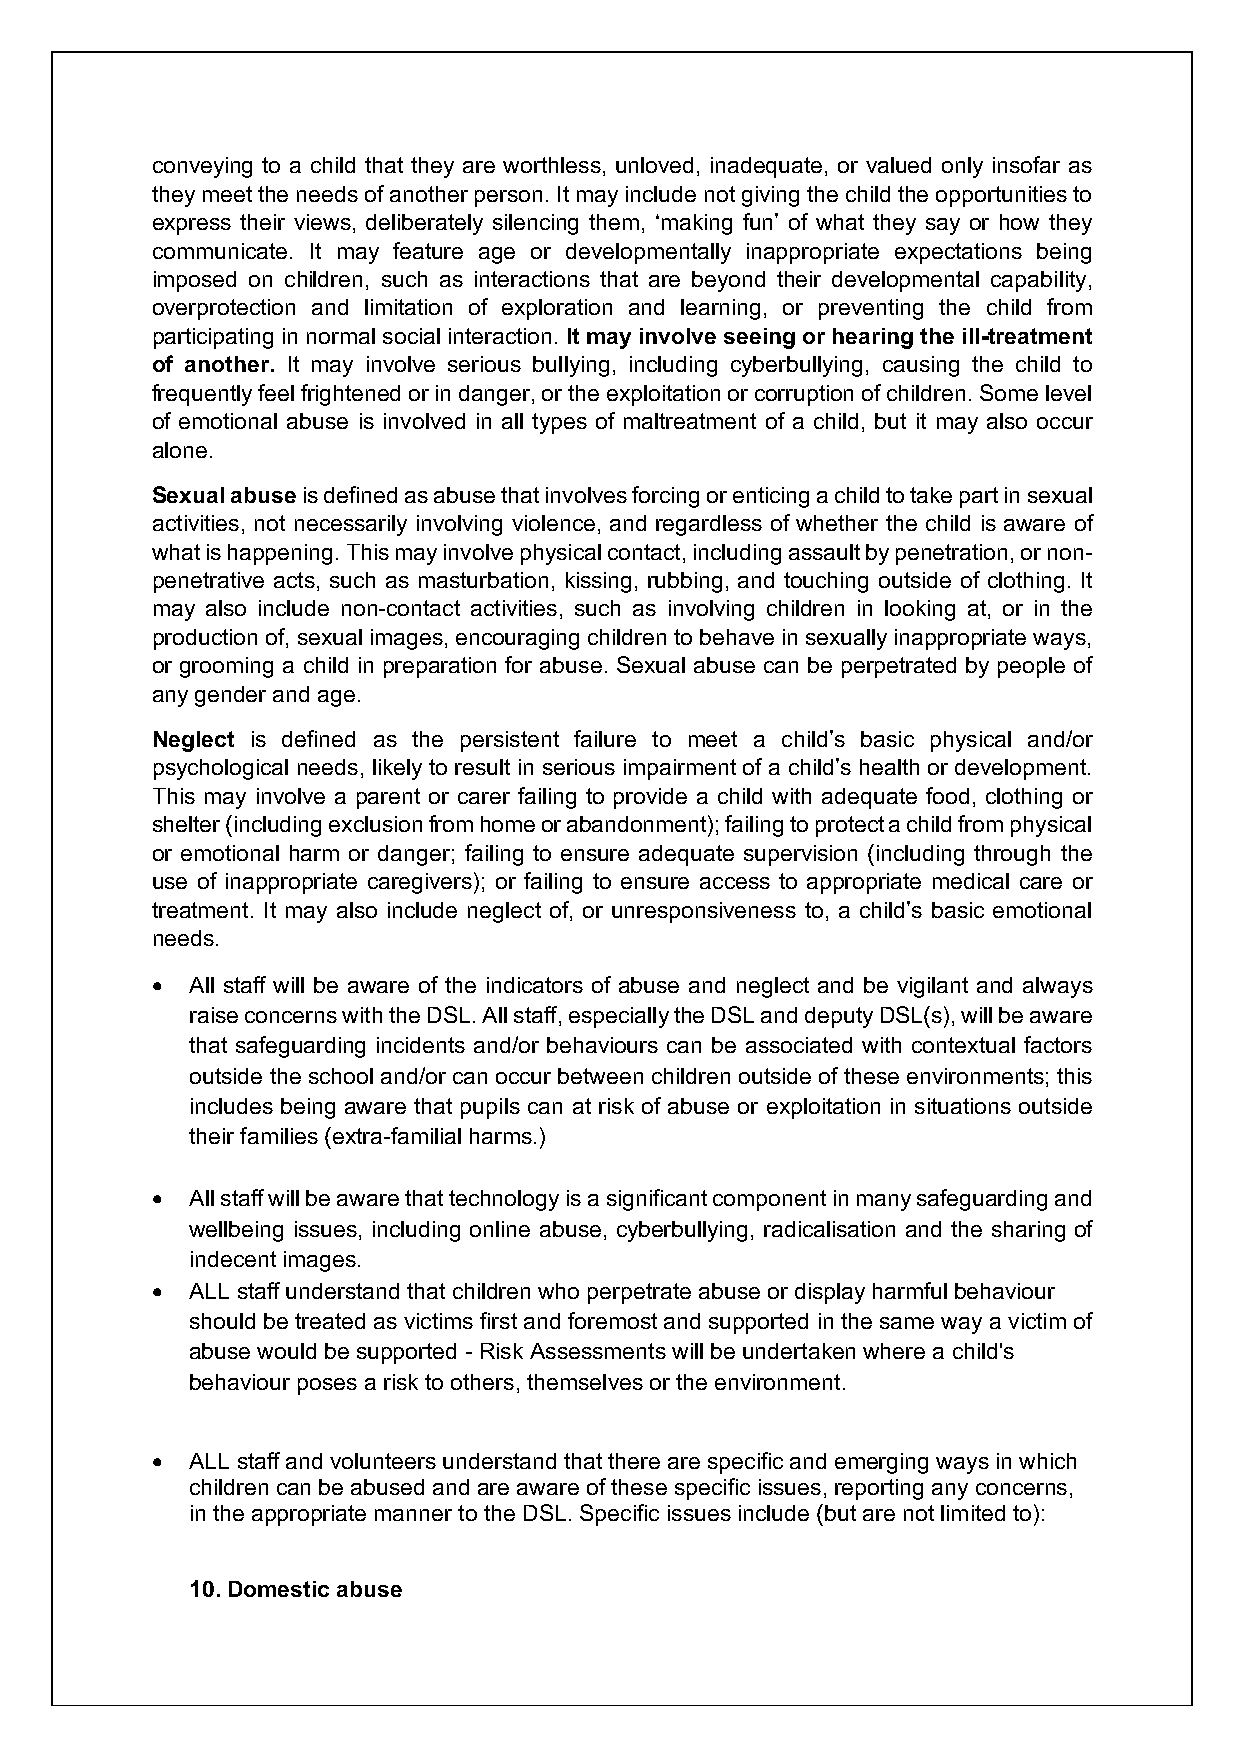
conveying to a child that they are worthless, unloved, inadequate, or valued only insofar as
 they meet the needs of another person. It may include not giving the child the opportunities to
 express their views, deliberately silencing them, ‘making fun’ of what they say or how they
 communicate. It may feature age or developmentally inappropriate expectations being
 imposed on children, such as interactions that are beyond their developmental capability,
 overprotection and limitation of exploration and learning, or preventing the child from
 participating in normal social interaction. It may involve seeing or hearing the ill-treatment
 of another. It may involve serious bullying, including cyberbullying, causing the child to
 frequently feel frightened or in danger, or the exploitation or corruption of children. Some level
 of emotional abuse is involved in all types of maltreatment of a child, but it may also occur
 alone.
 Sexual abuse is defined as abuse that involves forcing or enticing a child to take part in sexual
 activities, not necessarily involving violence, and regardless of whether the child is aware of
 what is happening. This may involve physical contact, including assault by penetration, or non-
 penetrative acts, such as masturbation, kissing, rubbing, and touching outside of clothing. It
 may also include non-contact activities, such as involving children in looking at, or in the
 production of, sexual images, encouraging children to behave in sexually inappropriate ways,
 or grooming a child in preparation for abuse. Sexual abuse can be perpetrated by people of
 any gender and age.
 Neglect is defined as the persistent failure to meet a child’s basic physical and/or
 psychological needs, likely to result in serious impairment of a child’s health or development.
 This may involve a parent or carer failing to provide a child with adequate food, clothing or
 shelter (including exclusion from home or abandonment); failing to protect a child from physical
 or emotional harm or danger; failing to ensure adequate supervision (including through the
 use of inappropriate caregivers); or failing to ensure access to appropriate medical care or
 treatment. It may also include neglect of, or unresponsiveness to, a child’s basic emotional
 needs.
 •  All staff will be aware of the indicators of abuse and neglect and be vigilant and always
 raise concerns with the DSL. All staff, especially the DSL and deputy DSL(s), will be aware
 that safeguarding incidents and/or behaviours can be associated with contextual factors
 outside the school and/or can occur between children outside of these environments; this
 includes being aware that pupils can at risk of abuse or exploitation in situations outside
 their families (extra-familial harms.)
 •  All staff will be aware that technology is a significant component in many safeguarding and
 wellbeing issues, including online abuse, cyberbullying, radicalisation and the sharing of
 indecent images.
 •  ALL staff understand that children who perpetrate abuse or display harmful behaviour
 should be treated as victims first and foremost and supported in the same way a victim of
 abuse would be supported - Risk Assessments will be undertaken where a child's
 behaviour poses a risk to others, themselves or the environment.
 •  ALL staff and volunteers understand that there are specific and emerging ways in which
 children can be abused and are aware of these specific issues, reporting any concerns,
 in the appropriate manner to the DSL. Specific issues include (but are not limited to):
 10. Domestic abuse